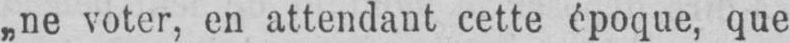
„ne voter, en attendant cette époque, que